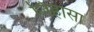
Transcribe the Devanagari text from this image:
जिहासा